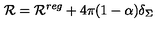
{ \cal R } = { \cal R } ^ { r e g } + 4 \pi ( 1 - \alpha ) \delta _ { \Sigma }